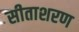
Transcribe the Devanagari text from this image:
सीताशरण